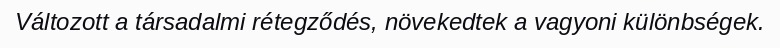
Változott a társadalmi rétegződés, növekedtek a vagyoni különbségek.